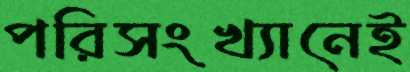
পরিসংখ্যানেই